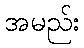
အမည်း